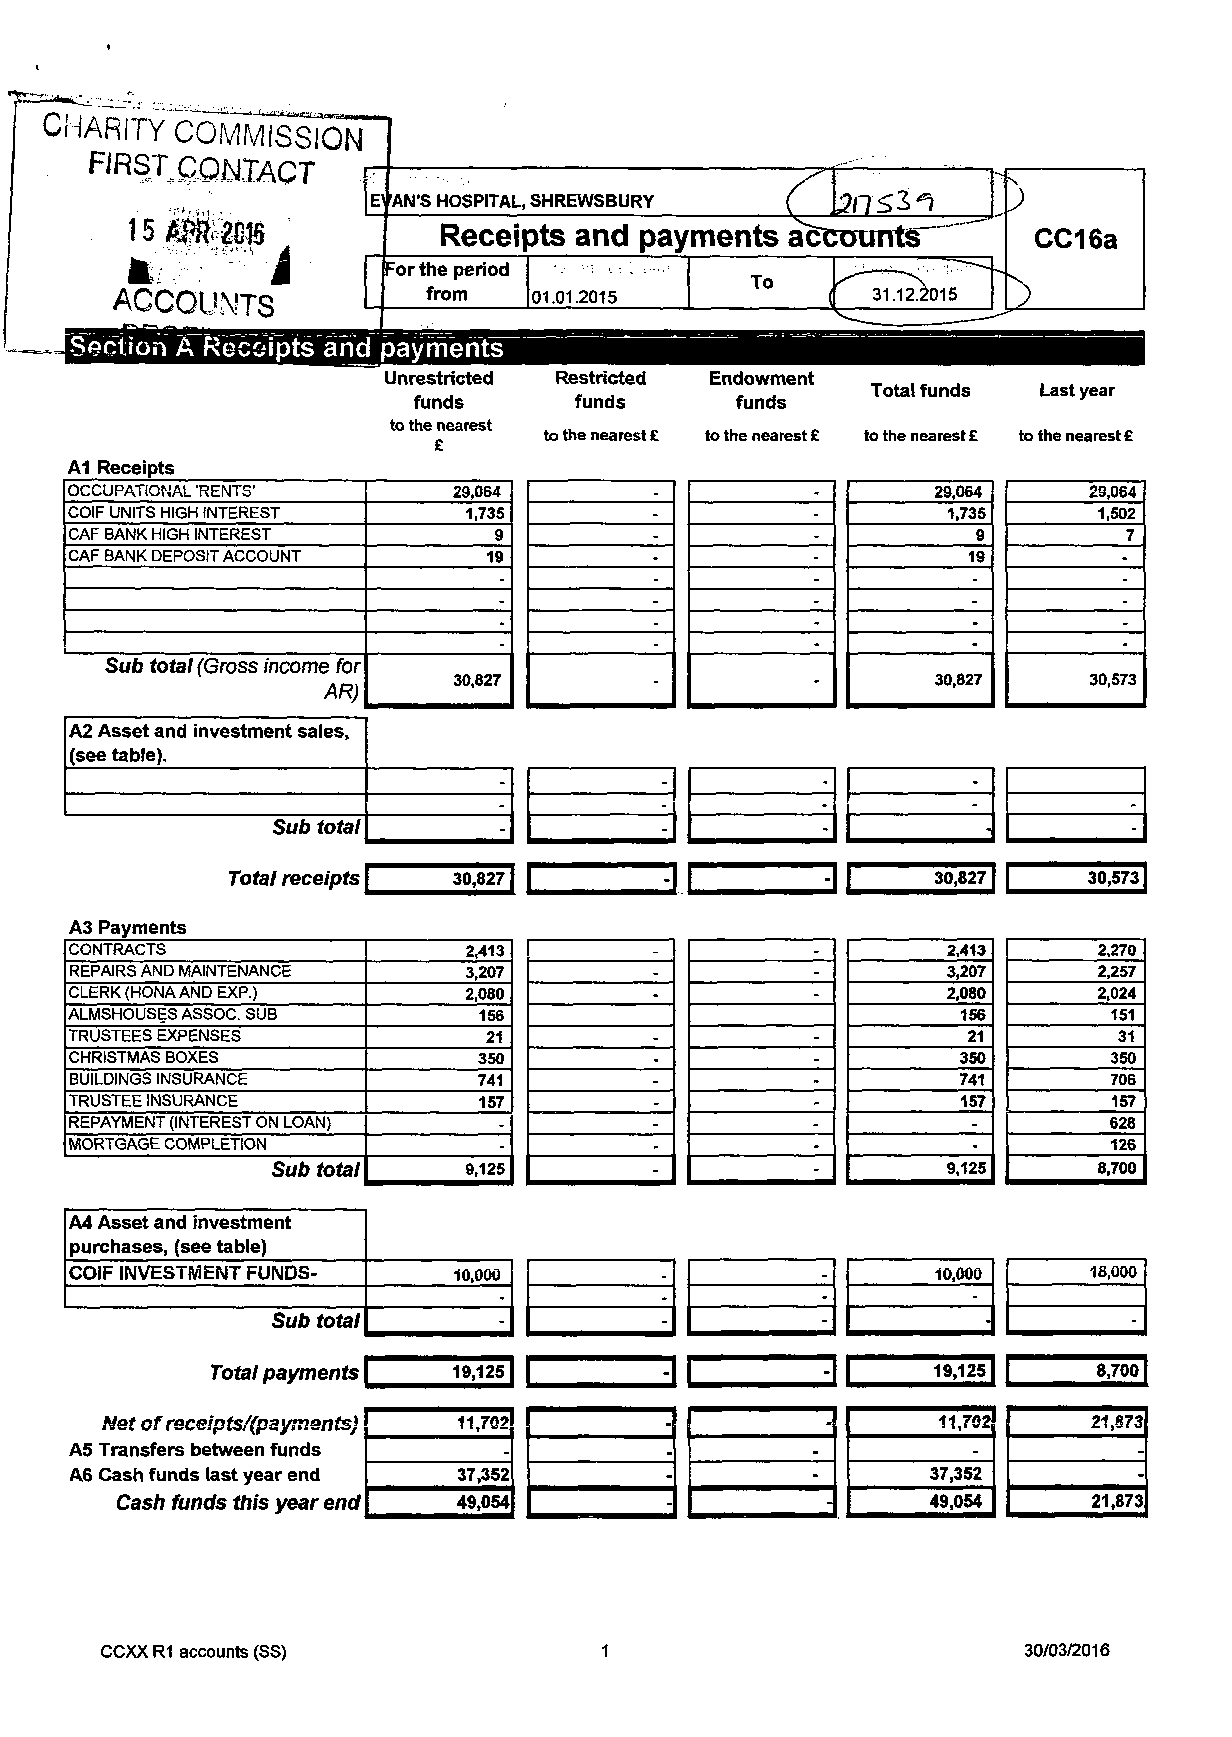
CHARITY  COMMISSION
 FIRSTQQ^XAQr
 E' AN*S HOSPITAL, SHREWSBURY
 Receipts and payments  ac
 *™       k
 For the period
 TT°° <<
 from   01.01.2015             31.123015
 ACCOUNTS
 Section A Receipts and payments
 Unrestricted Restricted Endowment
 Total funds Last year
 funds      funds      funds
 to the nearest
 to the nearest £ to the nearest £ to the nearest £ to the nearest £
 £
 A1 Receipts
 OCCUPATIONAL 'RENTS'     29,064                          29,064
 COIF UNITS HIGH INTEREST  1,735                           1,735
 CAF BANK HIGH INTEREST      9
 CAF BANK DEPOSIT ACCOUNT   19                              19
 -
 -
 -
 -
 Sub total (Gross income for
 30,827                          30,827
 AR)
 A2 Asset and investment sales,
 (see table).
 -
 -
 Sub total      -
 Total receipts \ 30,8271 £   DC          |     30,8271   30,5731
 A3 Payments
 CONTRACTS                 2,413                           2,413     2,270
 REPAIRS AND MAINTENANCE   3,207                           3,207     2,257
 CLERK (HONA AND EXP.)     2,080                           2,080     2,024
 ALMSHOUSES ASSOC. SUB      156                             156       151
 TRUSTEES EXPENSES          21                              21        31
 CHRISTMAS BOXES            350                            350       350
 BUILDINGS INSURANCE        741                            741       706
 TRUSTEE INSURANCE          157                             157       157
 REPAYMENT (INTEREST ON LOAN) -                             -        628
 MORTGAGE COMPLETION         -                              -         126
 Sub total    9,125                           9,125     8,700
 A4 Asset and investment
 purchases, (see table)
 COIF INVESTMENT FUNDS-   10,000                          10,000    18,000
 -                              -
 Sub total      -                               -         -
 Total payments  19,  C        3L          I     19,1251    8,7001
 Net of receipts/(payments} 11,702                      11,702    21,873
 A5 Transfers between funds                                            -
 A6 Cash funds last year end 37,352                       37,352       -
 Cash funds this year end 49,054                       49,054    21,873
 CCXX R1 accounts (SS)            1                           30/03/2016